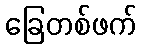
ခြေတစ်ဖက်